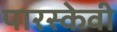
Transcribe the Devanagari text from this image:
पारस्केवी